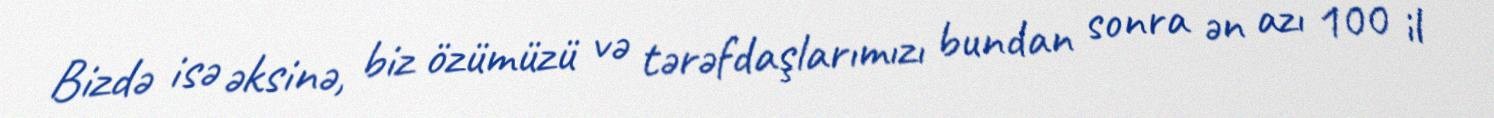
Bizdə isə əksinə, biz özümüzü və tərəfdaşlarımızı bundan sonra ən azı 100 il